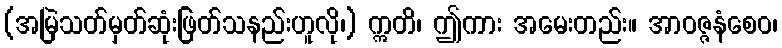
(အမြဲသတ်မှတ်ဆုံးဖြတ်သနည်းဟူလို၊) ဣတိ၊ ဤကား အမေးတည်း။ အာဝဇ္ဇနံစေဝ၊